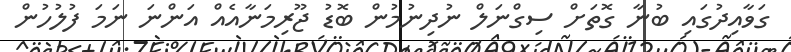
ގަވާއިދުގައި ބުނާ ގޮތަށް ސިގްނަލް ނުދިނުމުން ބޮޑު ޖޫރިމަނާއެއް އަންނަ ނަމަ ފުލުހުން